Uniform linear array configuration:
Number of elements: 4
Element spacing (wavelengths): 0.75
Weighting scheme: hann
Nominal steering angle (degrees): -45
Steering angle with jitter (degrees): -45.616
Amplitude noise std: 0.05
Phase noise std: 0.05

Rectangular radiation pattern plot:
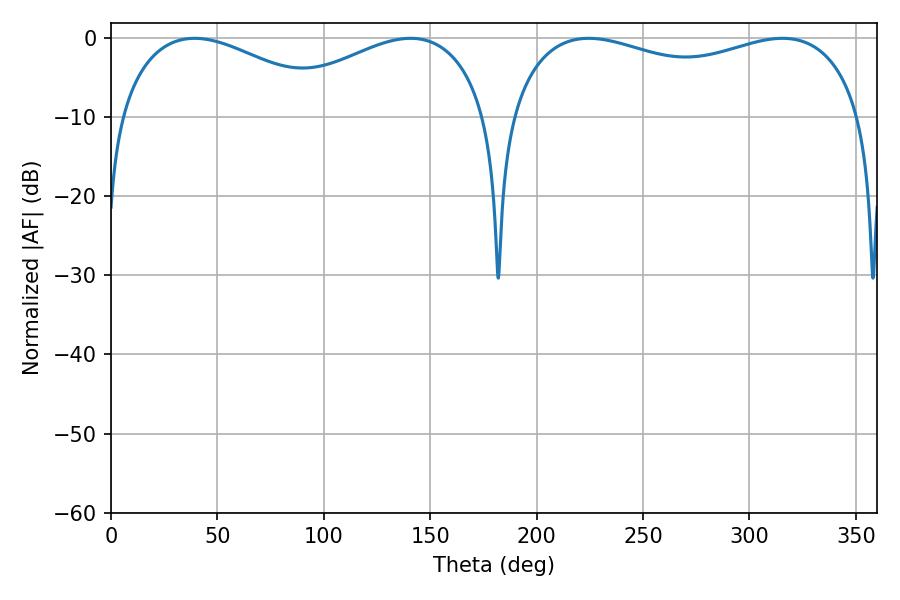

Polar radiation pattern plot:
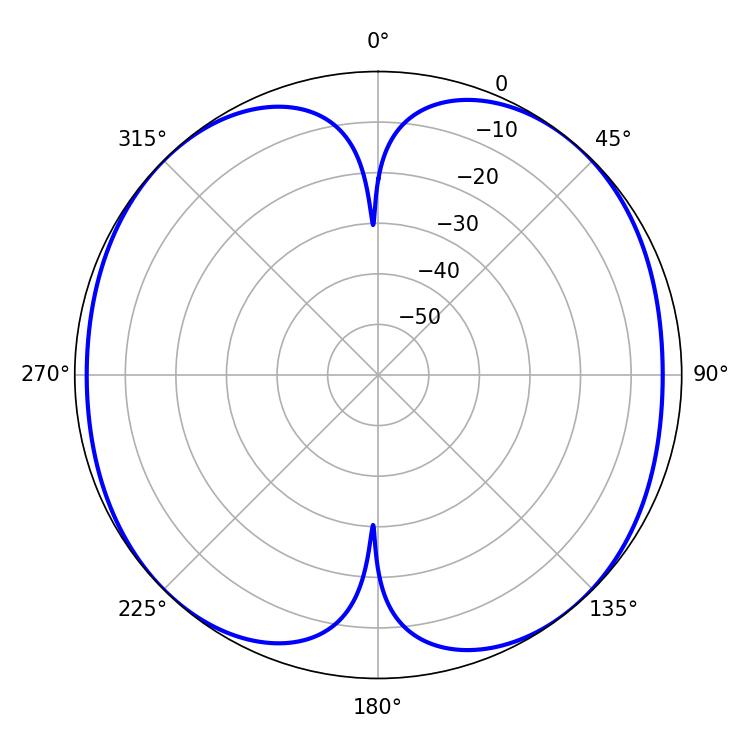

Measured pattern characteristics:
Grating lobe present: TRUE
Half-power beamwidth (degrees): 57.6
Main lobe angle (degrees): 140.76